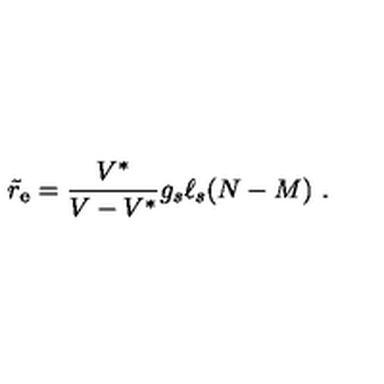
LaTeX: { \tilde { r } } _ { \mathrm { e } } = { \frac { V ^ { * } } { V - V ^ { * } } } g _ { s } \ell _ { s } ( N - M ) \ .